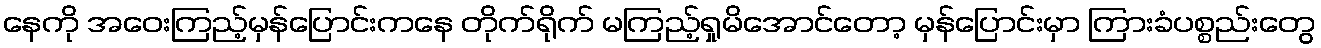
နေကို အဝေးကြည့်မှန်ပြောင်းကနေ တိုက်ရိုက် မကြည့်ရှုမိအောင်တော့ မှန်ပြောင်းမှာ ကြားခံပစ္စည်းတွေ